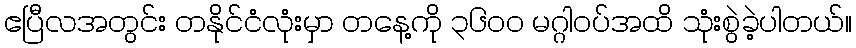
ဧပြီလအတွင်း တနိုင်ငံလုံးမှာ တနေ့ကို ၃၆၀၀ မဂ္ဂါဝပ်အထိ သုံးစွဲခဲ့ပါတယ်။